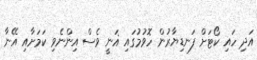
އަދި ހައި ކޯޓަށް ފަނޑިޔާރުން ހޮވުމުގައި ޣަނީ ވެސް އިންނެވި ކަމަށާއި އޭނާ